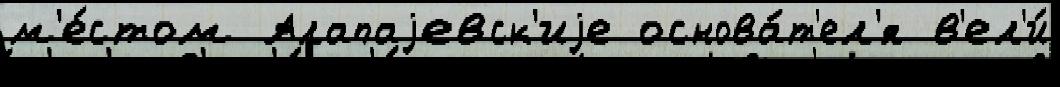
м'е́стом Алапаjевск'иjе основа́т'ел'я в'ел'и́